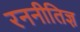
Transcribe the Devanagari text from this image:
रननीतिज्ञ